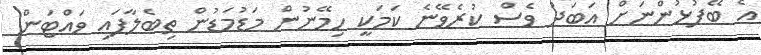
އެ ބޭފުޅުންނަށް އަބަދު ވެސް ކުރެވޭނެ ކަމަކީ ހިމޭނުން މަޑުމަޑުން ތިބެލާފައި ވައްޓަން